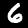
Digit: 6